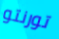
تورنتو